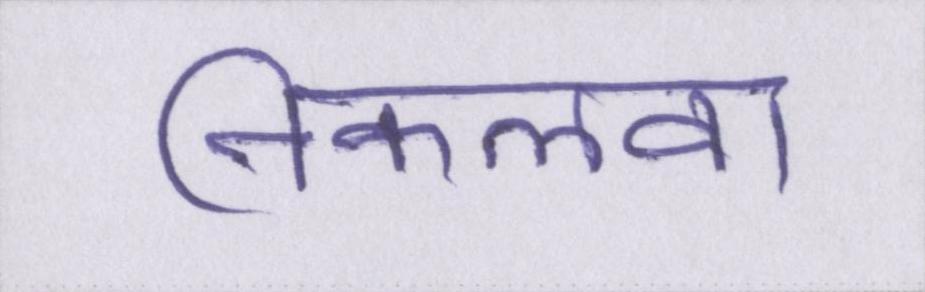
निकलवा